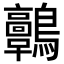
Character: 𪈃